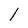
Character: l